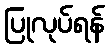
ပြုလုပ်ရန်